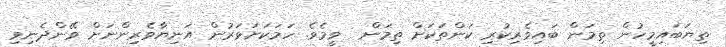
ތިޔަބައިމީހުން ތިމަން ބައިވެރިކުރި ކަންތަކަށް ތިމަން  ވީމެވެ. ހަމަކަށަވަރުން އަނިޔާވެރިންނަށް ވޭންދެނިވި